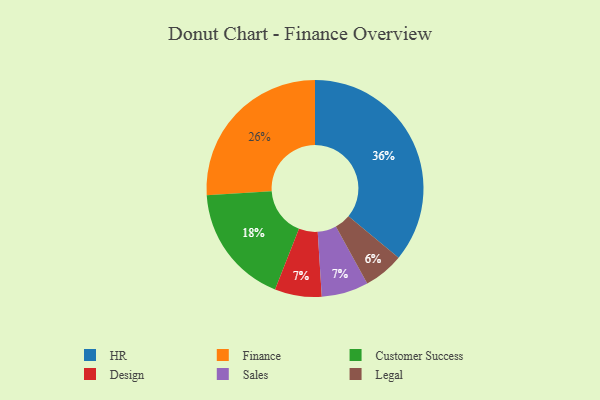
{"axis": {"x": "Category", "y": "Percentage"}, "legend": ["Customer Success", "Design", "Finance", "HR", "Legal", "Sales"], "data": [{"x": "Design", "y": 7, "type": "Design"}, {"x": "Sales", "y": 7, "type": "Sales"}, {"x": "Customer Success", "y": 18, "type": "Customer Success"}, {"x": "Finance", "y": 26, "type": "Finance"}, {"x": "Legal", "y": 6, "type": "Legal"}, {"x": "HR", "y": 36, "type": "HR"}]}